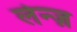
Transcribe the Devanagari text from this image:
लेन्ज़